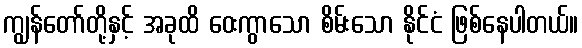
ကျွန်တော်တို့နှင့် အခုထိ ဝေးကွာသော စိမ်းသော နိုင်ငံ ဖြစ်နေပါတယ်။